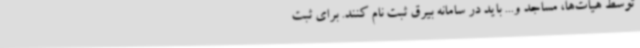
توسط هیات‌ها، مساجد و... باید در سامانه بیرق ثبت نام کنند. برای ثبت